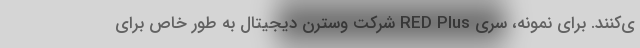
ی‌کنند. برای نمونه، سری RED Plus شرکت وسترن دیجیتال به طور خاص برای